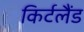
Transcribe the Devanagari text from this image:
किर्टलैंड